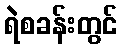
ရဲစခန်းတွင်